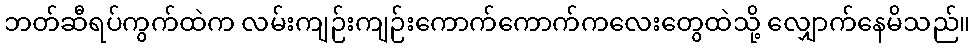
ဘတ်ဆီရပ်ကွက်ထဲက လမ်းကျဉ်းကျဉ်းကောက်ကောက်ကလေးတွေထဲသို့ လျှောက်နေမိသည်။